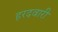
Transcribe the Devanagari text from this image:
हरदवारी